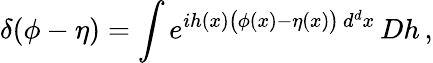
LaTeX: \delta(\phi-\eta)=\int e^{ih(x){\big(}\phi(x)-\eta(x){\big)}\, d^{d}x}\, Dh\, ,